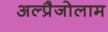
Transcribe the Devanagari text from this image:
अल्प्रैजोलाम